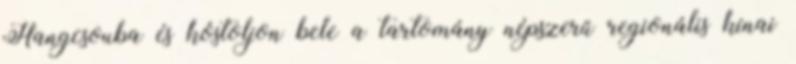
Hangcsouba és kóstoljon bele a tartomány népszerű regionális kínai